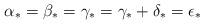
LaTeX: \begin{align*}\alpha_*=\beta_*=\gamma_*=\gamma_*+\delta_*=\epsilon_*\end{align*}